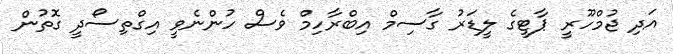
އަދި ޖުމްހޫރީ ޕާޓީގެ ލީޑަރު ގާސިމް އިބްރާހިމް ވެސް ހުންނެވީ އިގްތިސޯދީ ގޮތުން